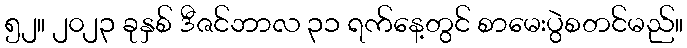
၅၂။ ၂၀၂၃ ခုနှစ် ဒီဇင်ဘာလ ၃၁ ရက်နေ့တွင် စာမေးပွဲစတင်မည်။